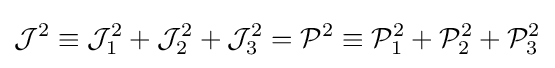
{\mathcal {J}}^{2}\equiv {\mathcal {J}}_{1}^{2}+{\mathcal {J}}_{2}^{2}+{\mathcal {J}}_{3}^{2}={\mathcal {P}}^{2}\equiv {\mathcal {P}}_{1}^{2}+{\mathcal {P}}_{2}^{2}+{\mathcal {P}}_{3}^{2}